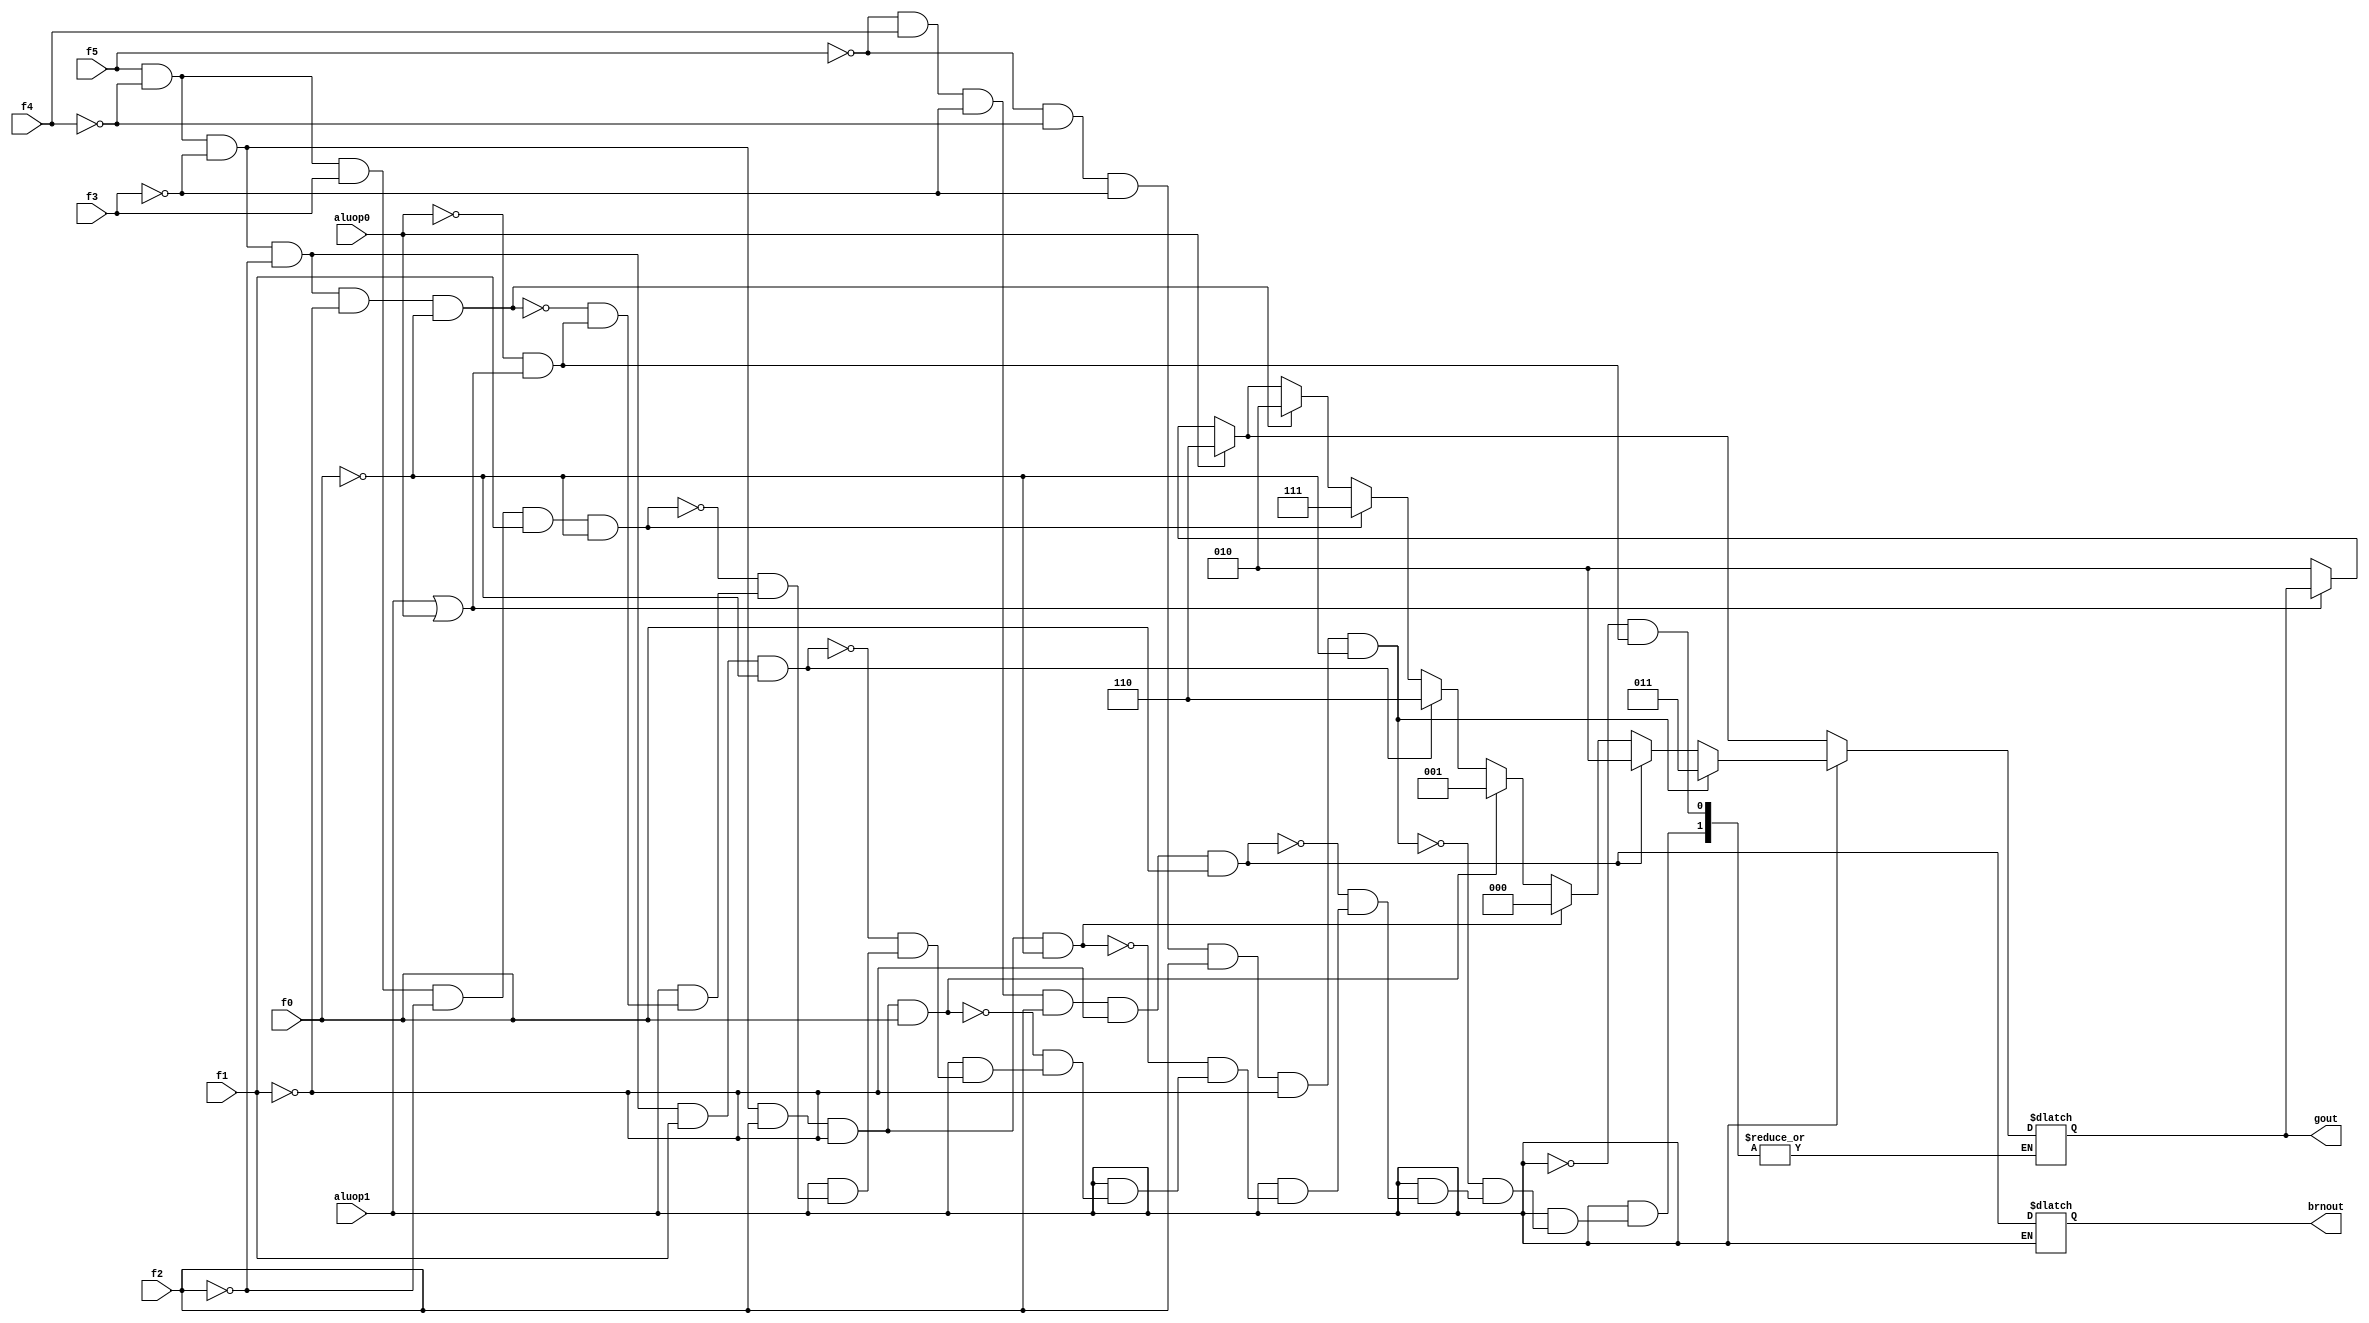
module alucont(aluop1,aluop0,f5,f4,f3,f2,f1,f0,gout,brnout);//Figure 4.12 
input aluop1,aluop0,f5,f4,f3,f2,f1,f0;
output [2:0] gout;
output brnout;
reg [2:0] gout;
reg brnout;
always @(aluop1 or aluop0 or f5 or f4 or f3 or f2 or f1 or f0)
begin
if(~(aluop1|aluop0))  gout=3'b010;
if(aluop0)gout=3'b110;
if(aluop1)//R-type
begin
	if (f5&~f4&~f3&~f2&~f1&~f0)gout=3'b010; 	//function code=100000,ALU control=010 (2)(add)
	if (f5&~f4&f3&~f2&f1&~f0)gout=3'b111;			//function code=101010,ALU control=111 (7)(set on less than)
	if (f5&~f4&~f3&~f2&f1&~f0)gout=3'b110;		//function code=100010,ALU control=110 (6)(sub)
	if (f5&~f4&~f3&f2&~f1&f0)gout=3'b001;			//function code=100101,ALU control=001 (1)(or)
	if (f5&~f4&~f3&f2&~f1&~f0)gout=3'b000;		//function code=100100,ALU control=000 (0)(and)
	if (~f5&f4&~f3&f2&~f1&f0)gout=3'b010;		//function code=010101,ALU control=010 (2)(brn), same as add since it will only add 0
	brnout=(~f5&f4&~f3&f2&~f1&f0);
	if (~f5&~f4&~f3&f2&~f1&~f0) gout=3'b011;	//function code=000100, ALU control=011 (3)(sllv), since this is a brand new instruction with shift operation
end
end
endmodule